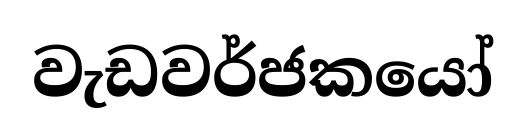
වැඩවර්ජකයෝ